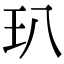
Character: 玐